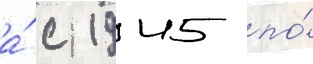
а́ с 1945 по́